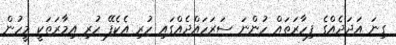
ގިނަ އަދަދެއްގެ ފިހާރަތައް ހުންނަ ސަރަހައްދެއްގައި ހުރި އެކެފޭ ހުރި އިމާރަތަކީ މީހުން